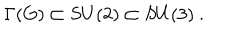
\Gamma ( G ) \subset S U ( 2 ) \subset S U ( 3 ) \ .